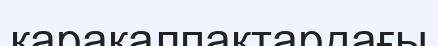
қарақалпақтардағы